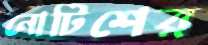
নোটিশের